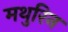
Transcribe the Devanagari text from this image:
मथुरिन